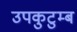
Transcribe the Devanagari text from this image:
उपकुटुम्ब